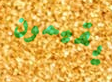
يقيمون